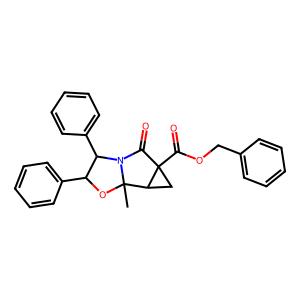
SMILES: CC12OC(c3ccccc3)C(c3ccccc3)N1C(=O)C1(C(=O)OCc3ccccc3)CC12
Inhibits HIV replication: No